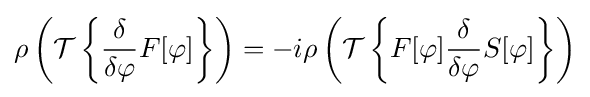
\rho \left({\mathcal {T}}\left\{{\frac {\delta }{\delta \varphi }}F[\varphi ]\right\}\right)=-i\rho \left({\mathcal {T}}\left\{F[\varphi ]{\frac {\delta }{\delta \varphi }}S[\varphi ]\right\}\right)